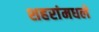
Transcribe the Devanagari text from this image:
शहरांमधले